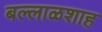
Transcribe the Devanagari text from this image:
बल्लाळशाह